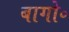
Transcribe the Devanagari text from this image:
बागो॰